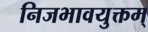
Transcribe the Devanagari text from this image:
निजभावयुक्तम्